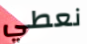
نعطي